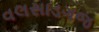
વલસાડગજ